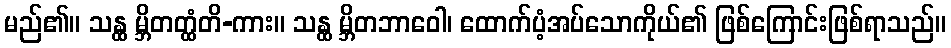
မည်၏။ သန္ထ မ္ဘိတတ္ထံတိ-ကား။ သန္ထ မ္ဘိတဘာဝေါ၊ ထောက်ပံ့အပ်သောကိုယ်၏ ဖြစ်ကြောင်းဖြစ်ရာသည်။